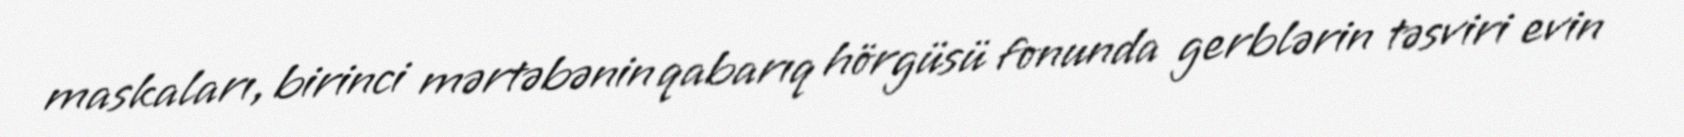
maskaları, birinci mərtəbənin qabarıq hörgüsü fonunda gerblərin təsviri evin